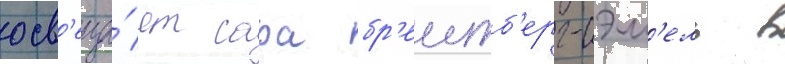
осв'еща́ет сара бр'еитб'ерг-сэм'ель в